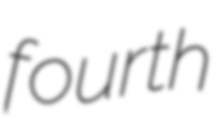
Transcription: fourth